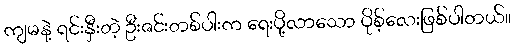
ကျမနဲ့ ရင်းနှီးတဲ့ ဦးဇင်းတစ်ပါးက ရေးပို့လာသော ပိုစ့်လေးဖြစ်ပါတယ်။